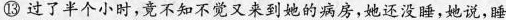
⑬ 过了半个小时，竟不知不觉又来到她的病房，她还没睡，她说，睡